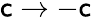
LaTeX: \mathsf{c}\rightarrow-\mathsf{c}